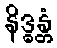
နိဒ္ဓန္တံ